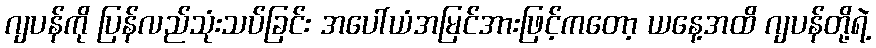
ဂျပန်ကို ပြန်လည်သုံးသပ်ခြင်း အပေါ်ယံအမြင်အားဖြင့်ကတော့ ယနေ့အထိ ဂျပန်တို့ရဲ့